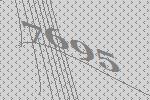
7695